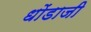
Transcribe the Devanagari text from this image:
धोंडाजी